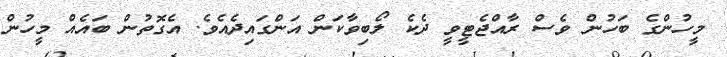
މީހުންގެ ބަހުން ވެސް ރާއްޖެޓީވީ ދެކެ ލޯބިވާކަން އަންގައިދެއެވެ. އެގޮތުން ބައެއް މީހުން